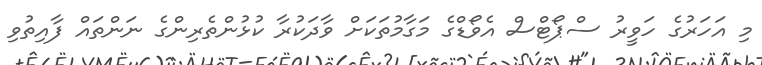
މި އަހަރުގެ ހަވީރު ސްޕޯޓްސް އެވޯޑްގެ މަގާމުތަކަށް ވާދަކުރާ ކުޅުންތެރިންގެ ނަންތައް ފާއިތުވި